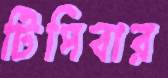
টিপিবার